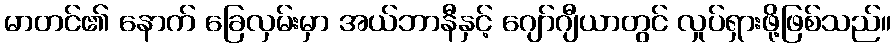
မာတင်၏ နောက် ခြေလှမ်းမှာ အယ်ဘာနီနှင့် ဂျော်ဂျီယာတွင် လှုပ်ရှားဖို့ဖြစ်သည်။